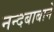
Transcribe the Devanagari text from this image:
नन्दबाबाने